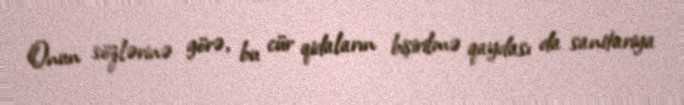
Onun sözlərinə görə, bu cür qidaların bişirilmə qaydası da sanitariya